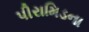
પીરામિડના